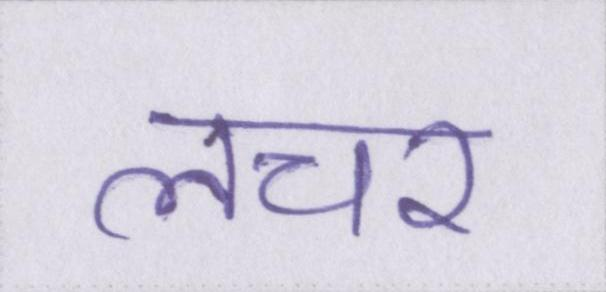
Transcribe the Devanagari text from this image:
लचर